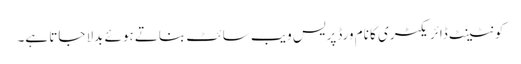
کونٹینٹ ڈائریکٹری کا نام ورڈپریس ویب سائٹ بناتے ہوئے بدلا جاتا ہے۔